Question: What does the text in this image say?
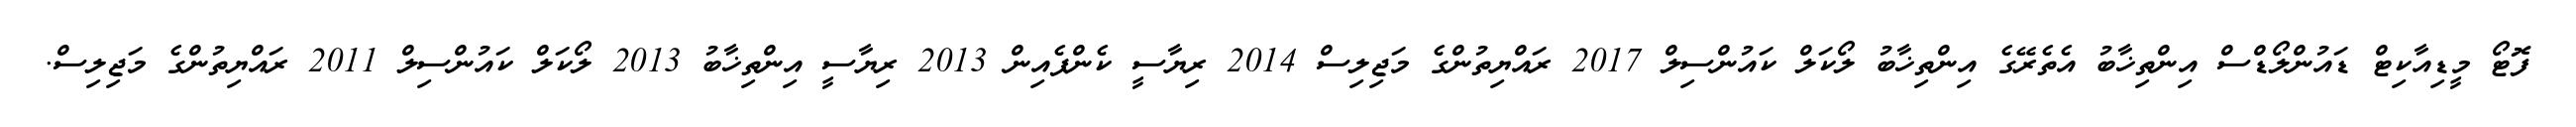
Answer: ފޮޓޯ މީޑިއާކިޓް ޑައުންލޯޑްސް އިންތިޚާބު އެތެރޭގެ އިންތިޚާބު ލޯކަލް ކައުންސިލް 2017 ރައްޔިތުންގެ މަޖިލިސް 2014 ރިޔާސީ ކެންޕެއިން 2013 ރިޔާސީ އިންތިޚާބު 2013 ލޯކަލް ކައުންސިލް 2011 ރައްޔިތުންގެ މަޖިލިސް.